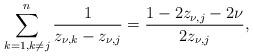
LaTeX: \begin{align*} \sum_{{k=1, k\neq j}}^n\dfrac{1}{z_{\nu,k}-z_{\nu,j}}=\dfrac{1-2z_{\nu,j}-2\nu}{2z_{\nu,j}},\end{align*}